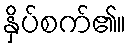
နှိပ်စက်၏။